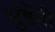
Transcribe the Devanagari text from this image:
मुंडेंऩी